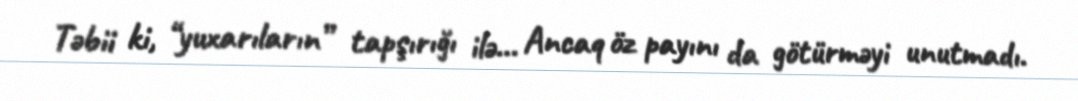
Təbii ki, “yuxarıların” tapşırığı ilə… Ancaq öz payını da götürməyi unutmadı.